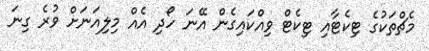
މެޗްތަކުގެ ޓިކެޓާއި ޓިކެޓް ވިއްކައިގެން އޭނަ ހޯދި އެއް މިލިއަނަށް ވުރެ ގިނަ